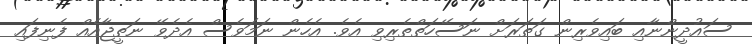
ސައުދީންނާއި ބައިވެެރިން ގަތަރަށް ނަސޭހަތްތެރިވި އެވެ. އެހެން ނަމަވެސް އެދެވޭ ނަތީޖާއެއް ފެނިފައި